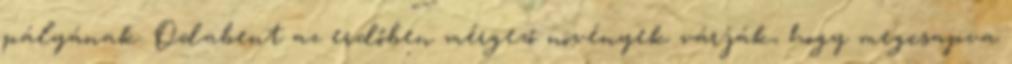
pályának. Odabent az erdőben mérgező növények várják, hogy megcsapva